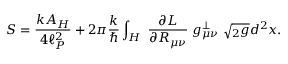
S = { \frac { k A _ { H } } { 4 \ell _ { P } ^ { 2 } } } + 2 \pi { \frac { k } { \hbar } } \int _ { H } \; { \frac { \partial { \cal L } } { \partial R _ { \mu \nu } } } \; g _ { \mu \nu } ^ { \perp } \; \sqrt { { } _ { 2 } g } d ^ { 2 } x .